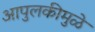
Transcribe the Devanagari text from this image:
आपुलकीमुळे